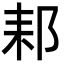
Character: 䣂